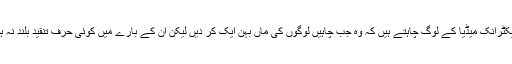
الیکٹرانک میڈیا کے لوگ چاہتے ہیں کہ وہ جب چاہیں لوگوں کی ماں بہن ایک کر دیں لیکن ان کے بارے میں کوئی حرف تنقید بلند نہ ہو۔